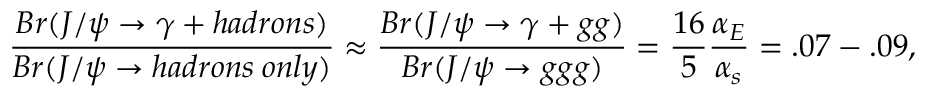
\frac { B r ( J / \psi \rightarrow \gamma + { h a d r o n s } ) } { B r ( J / \psi \rightarrow { h a d r o n s \: o n l y } ) } \approx \frac { B r ( J / \psi \rightarrow \gamma + g g ) } { B r ( J / \psi \rightarrow g g g ) } = \frac { 1 6 } { 5 } \frac { \alpha _ { E } } { \alpha _ { s } } = . 0 7 - . 0 9 ,